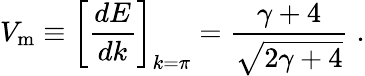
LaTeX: V_{\mathrm{m}}\equiv\left[{\frac{dE}{dk}}\right]_{k=\pi}={\frac{\gamma+4}{\sqrt{2\gamma+4}}}\; .